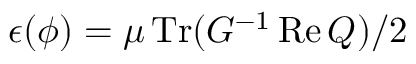
\epsilon ( \phi ) = { \mu } \operatorname { T r } ( G ^ { - 1 } \operatorname { R e } Q ) / 2